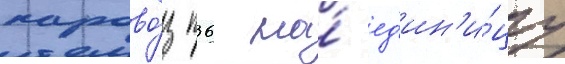
парово́з п36 на́ ед'ин'и́цу